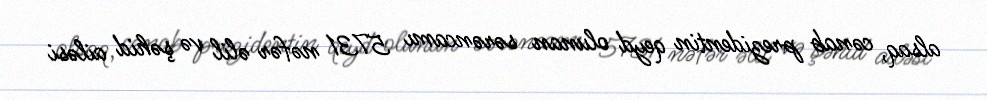
alsaq, cənab prezidentin qeyd olunan sərəncamı 5731 nəfər əlil və şəhid ailəsi